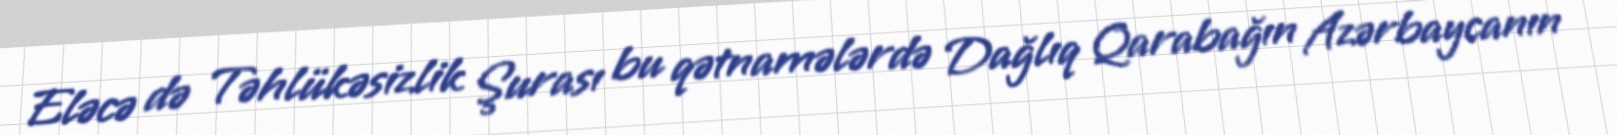
Eləcə də Təhlükəsizlik Şurası bu qətnamələrdə Dağlıq Qarabağın Azərbaycanın